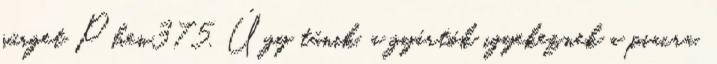
sürget Phen375. Úgy tűnik, a gyártók igyekeznek a piacra,